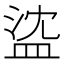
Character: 𥁭